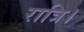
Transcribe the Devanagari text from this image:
रात्रि।